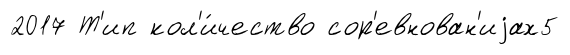
2017 Т'ип кол'и́чество сор'евнован'иjах5